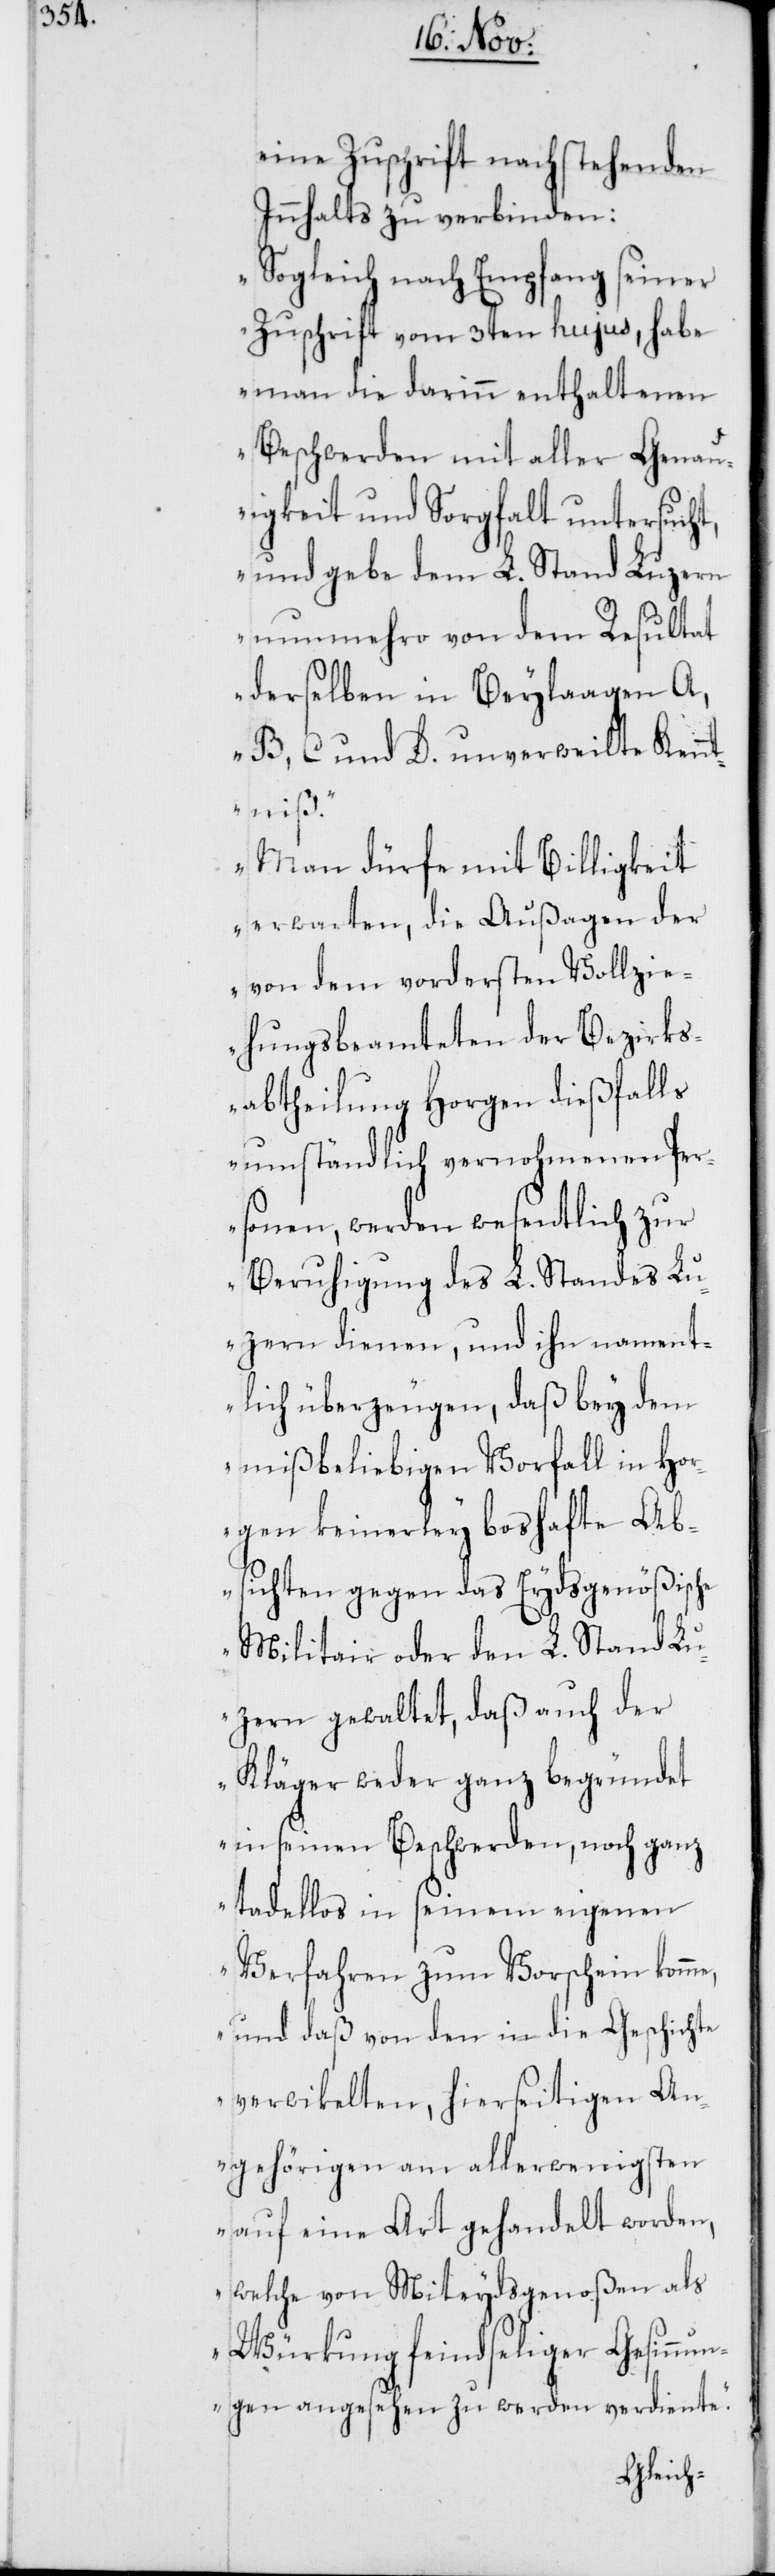
eine Zuschrift nachstehenden
Innhalts zu verbinden:
„Sogleich nach Empfang seiner
Zuschrift vom 3ten hujus, habe
man die darinn enthaltenen
Beschwerden mit aller Genau¬
igkeit und Sorgfalt untersucht,
und gebe dem L. Stand Luzern
nunmehro von dem Resultat
derselben in Beylaagen A,
B, C und D. unverweilte Kenn¬
tniß.
Man dürfe mit Billigkeit
erwarten, die Außagen der
von dem vordersten Vollzie¬
hungsbeamteten der Bezirks¬
abtheilung Horgen dießfalls
umständlich vorgenohmenen Per¬
sonen, werden wesentlich zur
Beruhigung des L. Standes Lu¬
zern dienen, und ihn nament¬
lich überzeugen, daß bey dem
mißbeliebigen Vorfall in Hor¬
gen keinerley boshafte Ab¬
sichten gegen das Eydsgenößische
Militair oder den L. Stand Lu¬
zern gewaltet, daß auch der
Kläger weder ganz begründet
in seinen Beschwerden, noch ganz
tadellos in seinem eigenen
Verfahren zum Vorschein komme,
und daß von den in die Geschichte
verwikelten, hierseitigen An¬
gehörigen am allerwenigsten
auf eine Art gehandelt worden,
welche von Miteydsgenoßen als
Würkung feindseliger Gesinnun¬
gen angesehen zu werden verdiente.